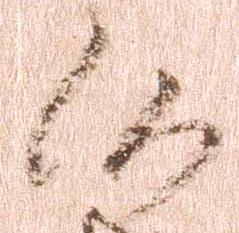
候